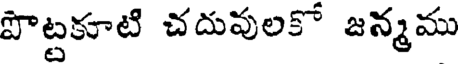
పొట్టకూటి చదువులకో జన్మము